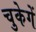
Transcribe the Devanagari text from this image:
चुकेगें